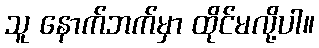
သူ နောက်ဘက်မှာ ထိုင်မလို့ပါ။